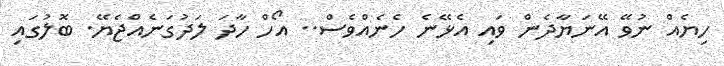
ހިޔެއް ނުވޭ އޭނަޔާދެން ވައި އެޅޭނެ ހެނެއްވެސް.. އޯހް ހާދަ ލަދުގަނެއްޖެޔޭ. ބޮލުގައި